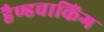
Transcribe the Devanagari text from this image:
हैण्डवाकिंग